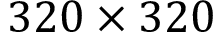
3 2 0 \times 3 2 0